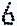
6